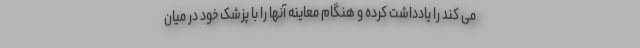
می کند را یادداشت کرده و هنگام معاینه آنها را با پزشک خود در میان